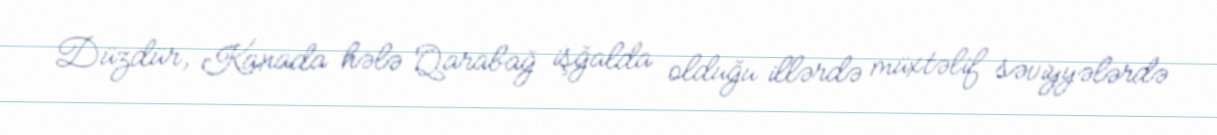
Düzdür, Kanada hələ Qarabağ işğalda olduğu illərdə müxtəlif səviyyələrdə